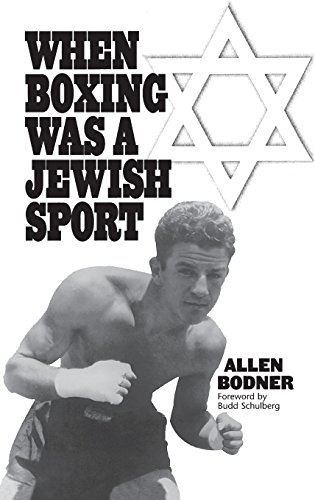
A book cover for When Boxing Was a Jewish Sport; Allen Bodner; Sports & Outdoors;